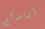
أريدكم